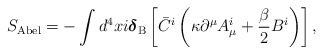
\begin{align*}S_{\rm Abel} =-\int d^4x i\mbox{\boldmath$\delta$}_{\rm B} \left[\bar C^i \left(\kappa\partial^\mu A_\mu^i +\frac\beta2B^i\right)\right],\end{align*}